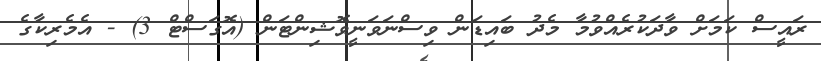
ރައީސް ކަމަށް ވާދަކުރެއްވުމާ މެދު ބައިޑަން ވިސްނަވަނީވޮޝިންޓަން (އޮގަސްޓް 3) - އެމެރިކާގެ